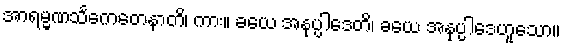
အာရမ္မဏသင်္ကေတေနာတိ၊ ကား။ ခယေ အနုပ္ပါဒေတိ၊ ခယေ အနုပ္ပါဒေဟူသော။